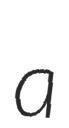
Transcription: a